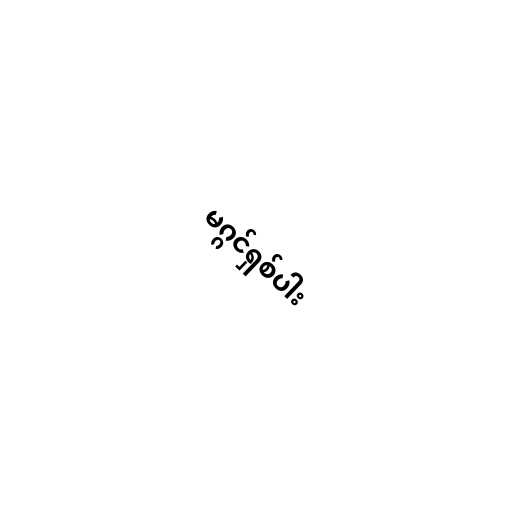
မဂ္ဂင်ရှစ်ပါး